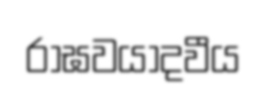
රාඝවයාදවීය